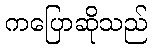
ကပြောဆိုသည်